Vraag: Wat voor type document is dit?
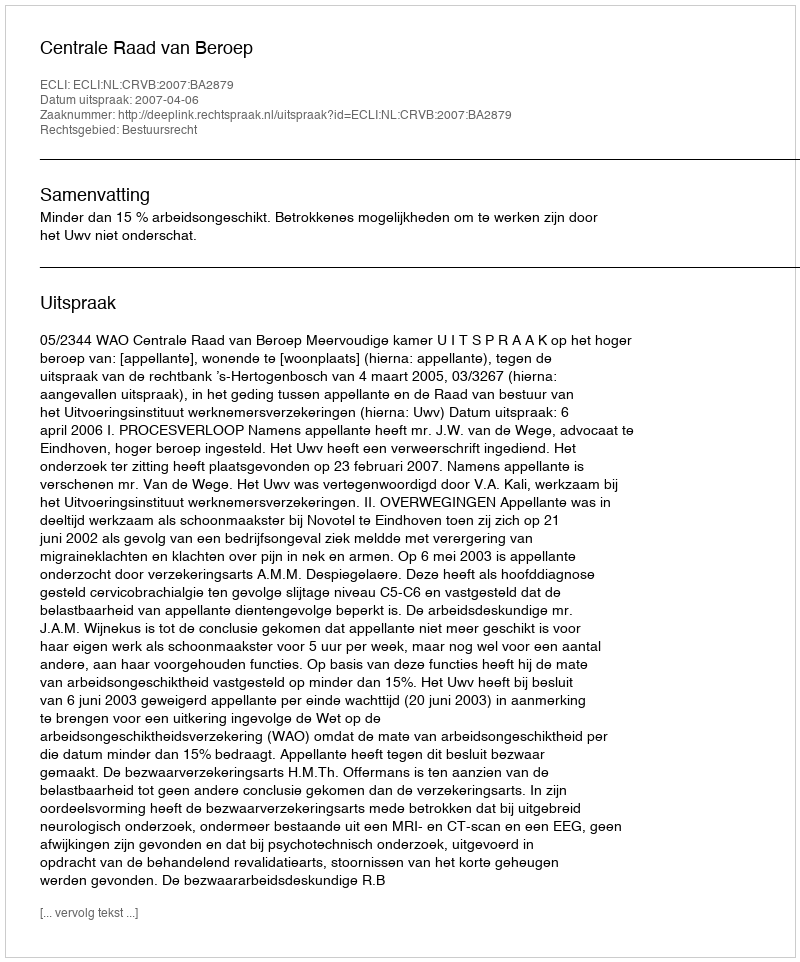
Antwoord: Uitspraak